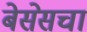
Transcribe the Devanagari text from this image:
बेसेसचा